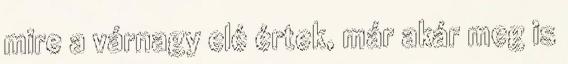
mire a várnagy elé értek, már akár meg is